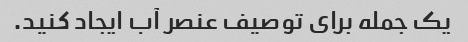
یک جمله برای توصیف عنصر آب ایجاد کنید.